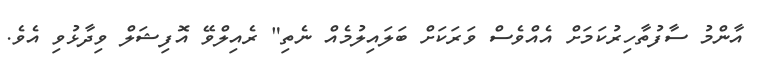
އާންމު ސާފުތާހިރުކަމަށް އެއްވެސް ވަރަކަށް ބަލައިލުމެއް ނެތި" ރެއިލްވޭ އޮފިޝަލް ވިދާޅުވި އެވެ.